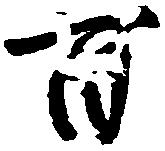
百